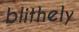
blithely